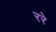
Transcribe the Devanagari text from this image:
ररे